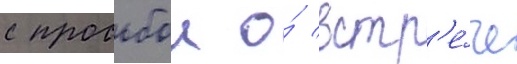
с просьбои о́ встр'е́че